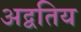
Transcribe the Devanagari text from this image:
अद्वतिय